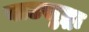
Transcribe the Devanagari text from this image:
वाटसुद्धा